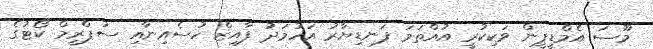
މޫސަ އެމްޑީޕީން ވަކިކުރީ އުއްތަމަ ފަނޑިޔާރު އަހުމަދު ފާއިޒް ހުސެއިނާއި ސުޕްރީމް ކޯޓުގެ